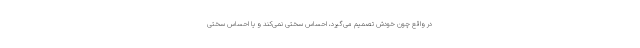
در واقع چون خودش تصمیم می‌گیرد، احساس سختی نمی‌کند و یا احساس سختی